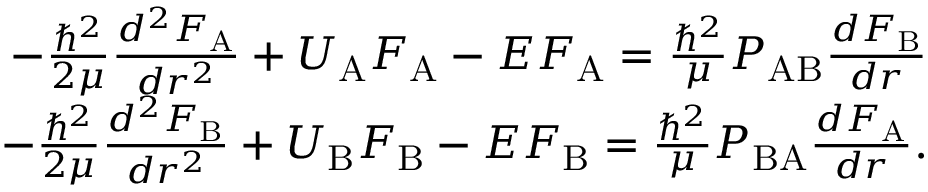
\begin{array} { r } { - \frac { \hbar ^ { 2 } } { 2 \mu } \frac { d ^ { 2 } F _ { \mathrm { A } } } { d r ^ { 2 } } + U _ { \mathrm { A } } F _ { \mathrm { A } } - E F _ { \mathrm { A } } = \frac { \hbar ^ { 2 } } { \mu } P _ { \mathrm { A B } } \frac { d F _ { \mathrm { B } } } { d r } } \\ { - \frac { \hbar ^ { 2 } } { 2 \mu } \frac { d ^ { 2 } F _ { \mathrm { B } } } { d r ^ { 2 } } + U _ { \mathrm { B } } F _ { \mathrm { B } } - E F _ { \mathrm { B } } = \frac { \hbar ^ { 2 } } { \mu } P _ { \mathrm { B A } } \frac { d F _ { \mathrm { A } } } { d r } . } \end{array}